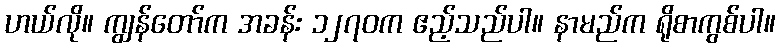
ဟယ်လို။ ကျွန်တော်က အခန်း ၁၂၇၀က ဧည့်သည်ပါ။ နာမည်က ရိုစာကွစ်ပါ။